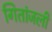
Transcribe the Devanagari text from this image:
गितांजली